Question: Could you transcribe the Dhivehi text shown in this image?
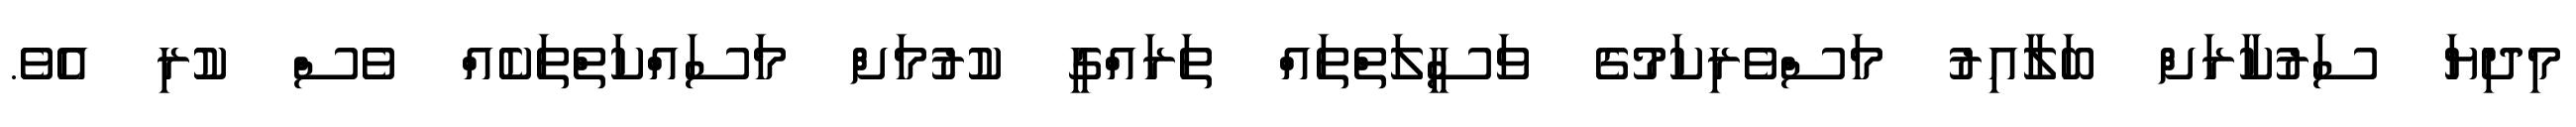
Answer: މިދިޔަ ސަރުކާރަށް ބަލާއިރު މަސްވެރިކަމުގެ ވަސީލަތްތައް ތަރައްގީ ކުރުމަށް މަސައްކަތްތަކެއް ވެސް ކުރި އެވެ.